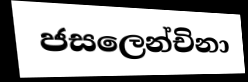
ජසලෙන්චිනා